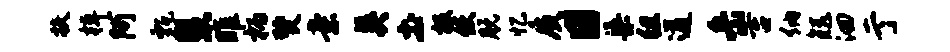
扶棹阿甄慧雎柄燹亲英土板使脱忆质日渠徂遒岳吉纳矩洄亍